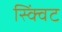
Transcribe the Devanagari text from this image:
स्क्विंट